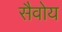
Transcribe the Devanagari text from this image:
सैवोय